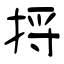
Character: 捋